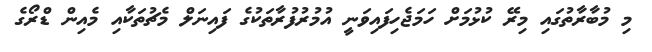
މި މުބާރާތުގައި މިރޭ ކުޅުމަށް ހަމަޖެހިފައިވަނީ އުމުރުފުރާތަކުގެ ފައިނަލް މެޗުތަކާއި މެއިން ޑްރޯގެ